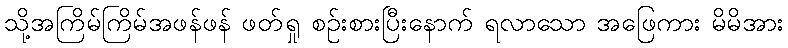
သို့အကြိမ်ကြိမ်အဖန်ဖန် ဖတ်ရှု စဉ်းစားပြီးနောက် ရလာသော အဖြေကား မိမိအား